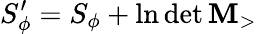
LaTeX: S_{\phi}^{\prime}=S_{\phi}+\ln\operatorname*{det}\mathbf{M}_{>}